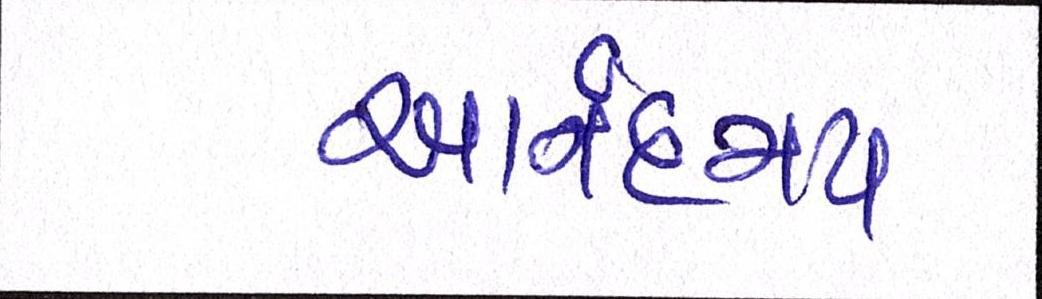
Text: આનંદમય